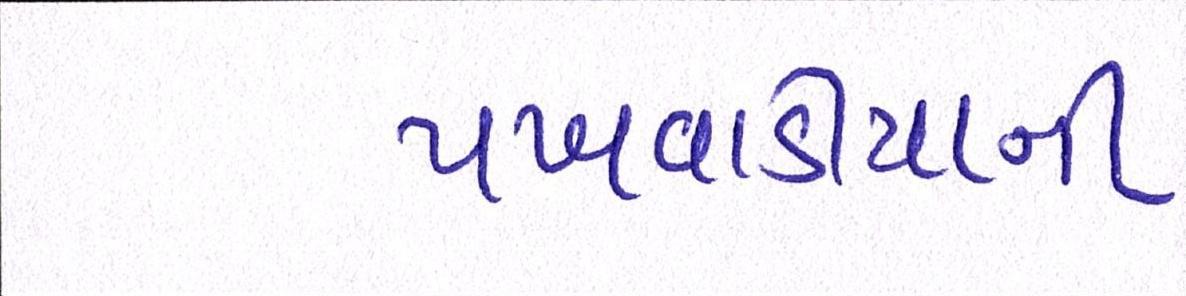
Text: પખવાડીયાની